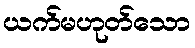
ယက်မဟုတ်သော